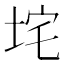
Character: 垞